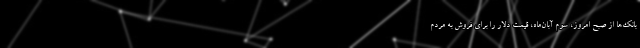
بانک‌ها از صبح امروز، سوم آبان‌ماه، قیمت دلار را برای فروش به مردم